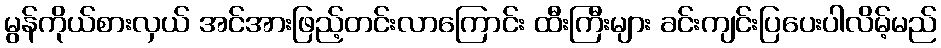
မွန်ကိုယ်စားလှယ် အင်အားဖြည့်တင်းလာကြောင်း ထီးကြီးများ ခင်းကျင်းပြပေးပါလိမ့်မည်